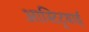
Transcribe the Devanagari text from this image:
आस्टिट्रयाई